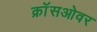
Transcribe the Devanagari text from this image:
क्राॅसओवर